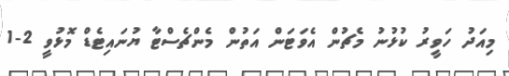
މިއަދު ހަވީރު ކުޅުނު މެޗުން އެވަޓަން އަތުން މެންޗެސްޓާ ޔުނައިޓެޑް މޮޅުވީ 2-1